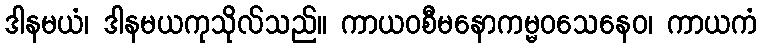
ဒါနမယံ၊ ဒါနမယကုသိုလ်သည်။ ကာယဝစီမနောကမ္မဝသေနေဝ၊ ကာယကံ